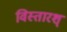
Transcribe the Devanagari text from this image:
विस्तारश्